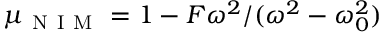
\mu _ { \mathrm { ~ N ~ I ~ M ~ } } = 1 - F \omega ^ { 2 } / ( \omega ^ { 2 } - \omega _ { 0 } ^ { 2 } )